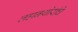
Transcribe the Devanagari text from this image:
लहानथोरांचे